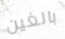
بالغين